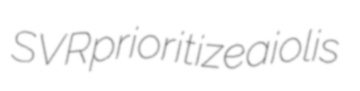
SVR prioritize aiolis